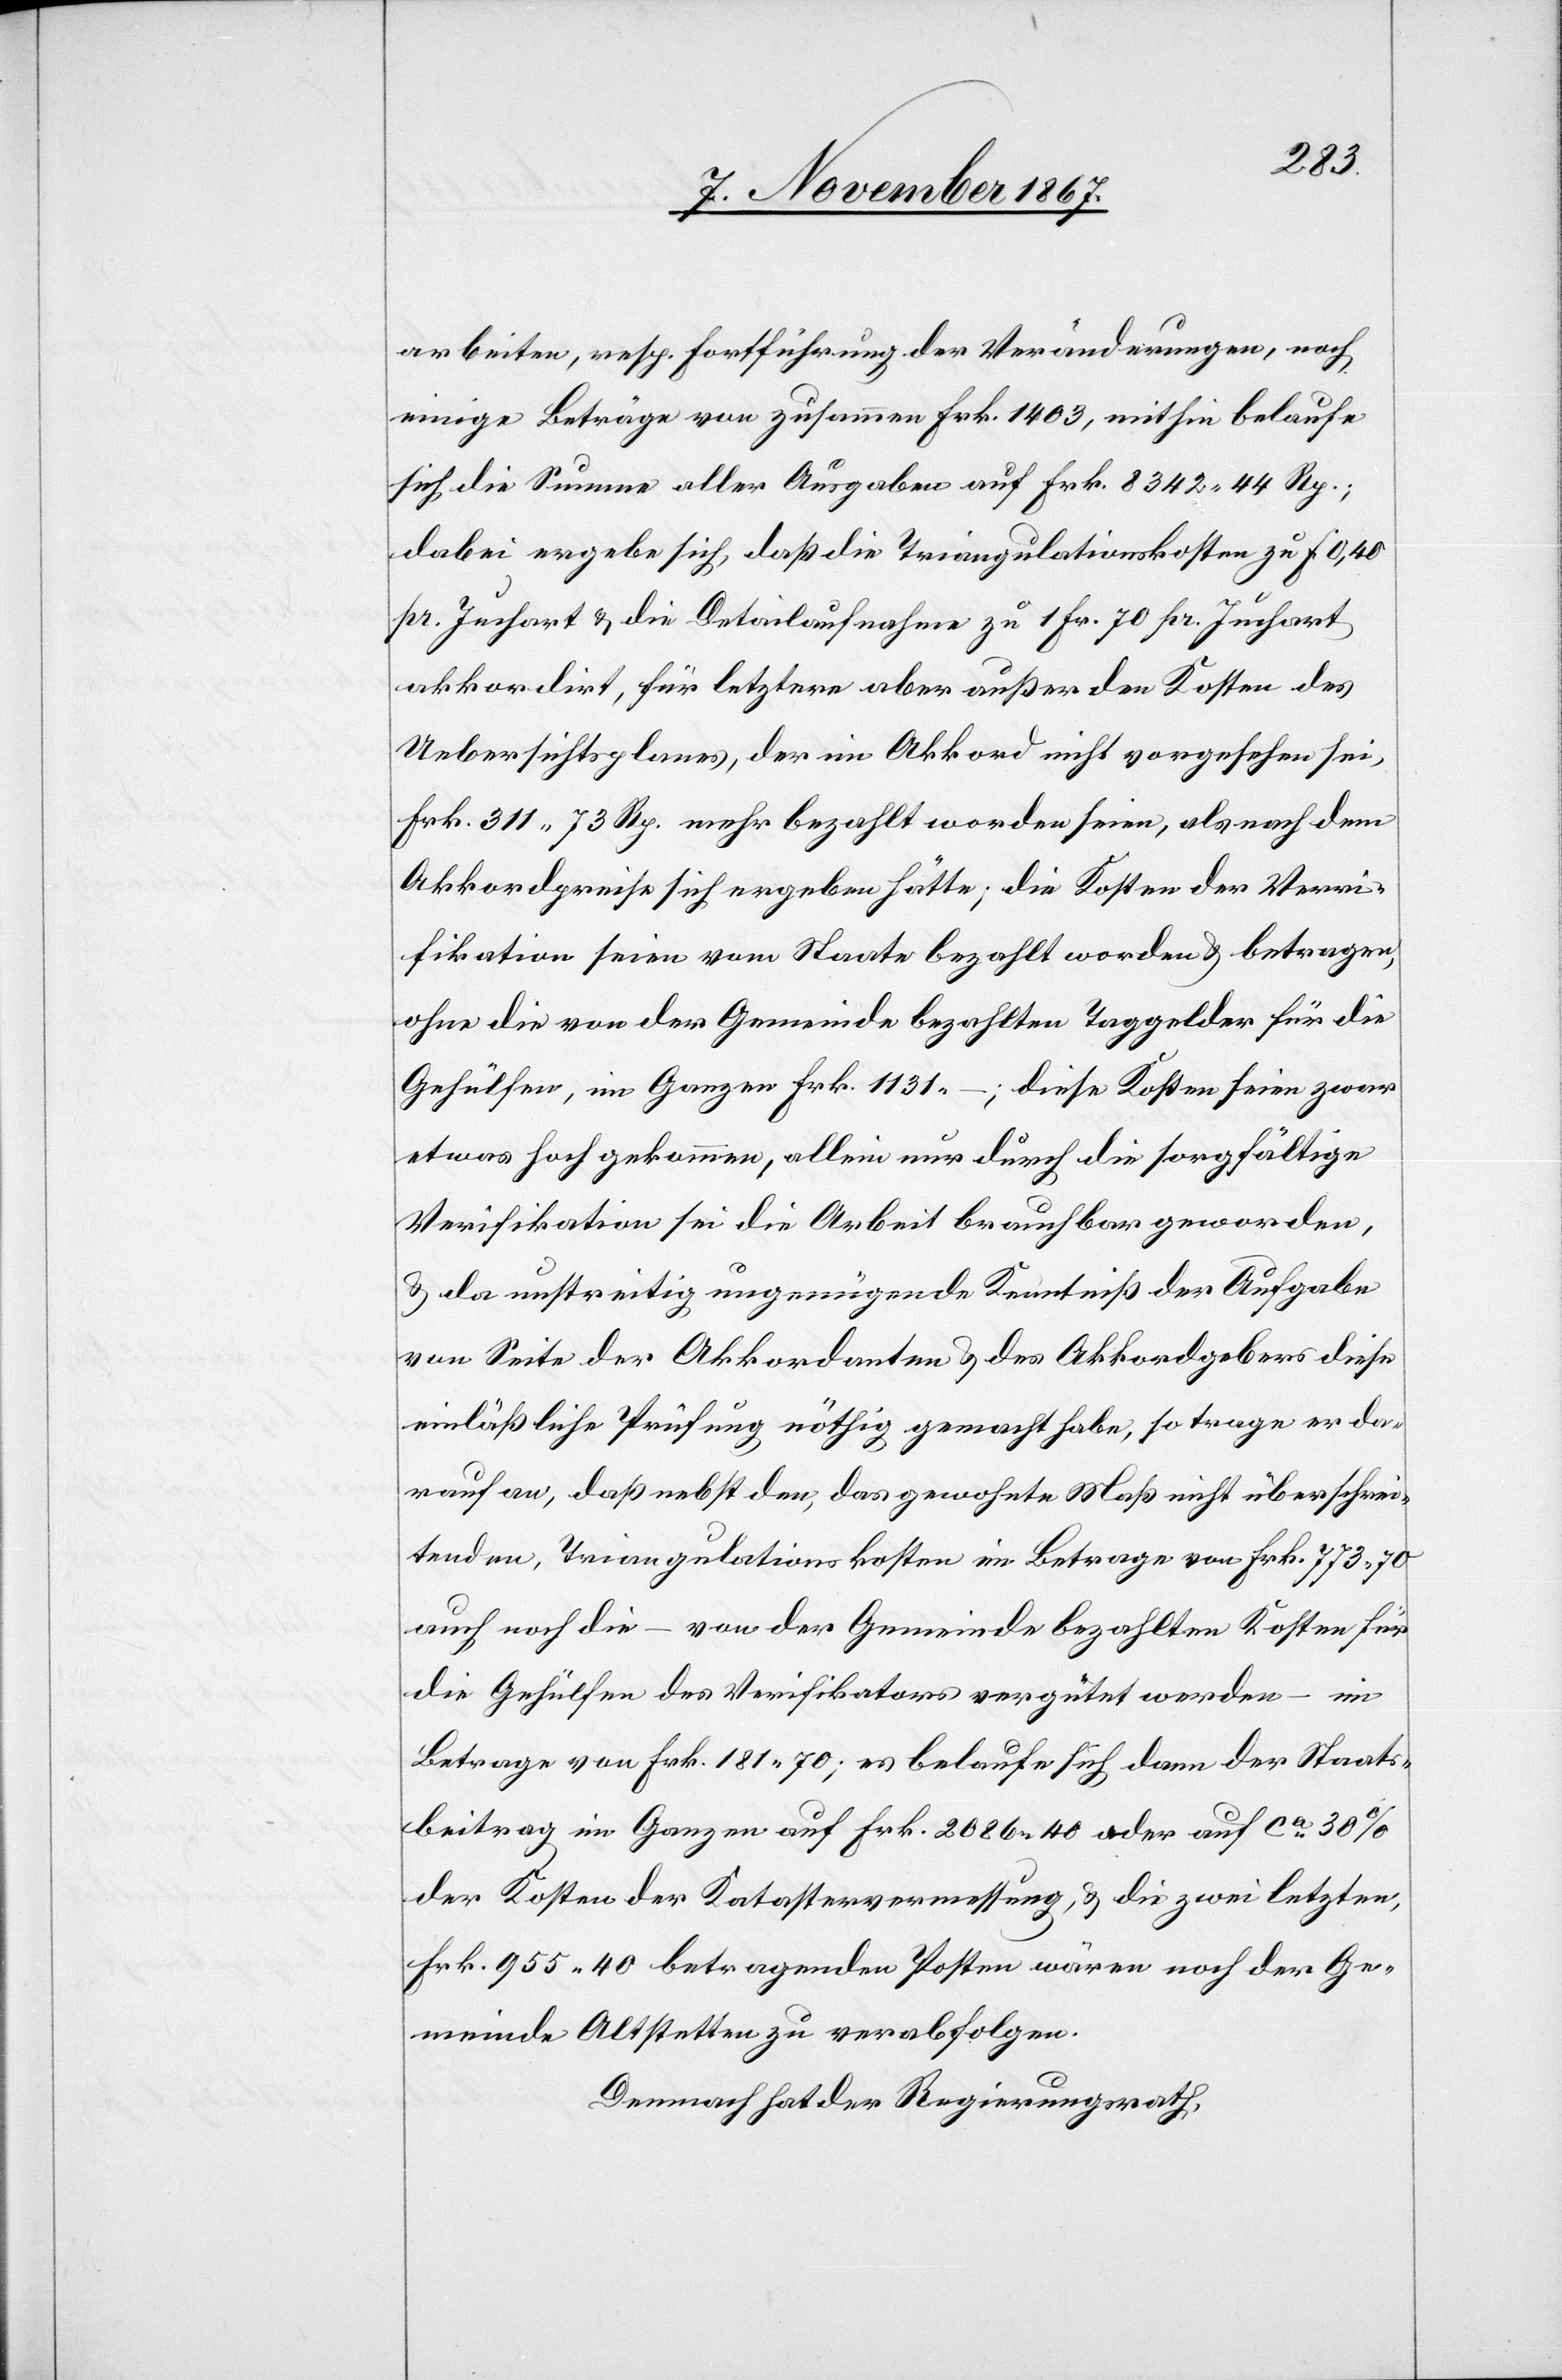
arbeiten, resp. Fortführung der Veränderungen, noch
einige Beträge von zusammen Frk. 1403, mithin belaufe
sich die Summe aller Ausgaben auf Frk. 8342.55 Rp.;
dabei ergebe sich, daß die Triangulationskosten zu f 0,40
pr. Juchart u. die Detailaufnahme zu 1 Fr. 70 pr Juchart
akkordirt, für letztere aber außer den Kosten des
Uebersichtsplanes, der im Akkord nicht vorgesehen sei,
Frk. 311,73 Rp. mehr bezahlt worden seien, als nach dem
Akkordpreise sich ergeben hätte; die Kosten der Veri¬
fikation seien vom Staats bezahlt worden u. betragen,
ohne die von der Gemeinde bezahlten Taggelder für die
Gehülfen, im Ganzen Frk. 1131.–; diese Kosten seien zwar
etwas hoch gekommen, allein nur durch die sorgfältige
Verifikation sei die Arbeit brauchbar geworden,
u. da unstreitig ungenügende Kenntniß der Aufgabe
von Seite der Akkordanten u. der Akkordgebers diese
einläßliche Prüfung nöthig gemacht habe, so trage er da¬
rauf an, daß nebst den, das gewohnte Maß nicht überschrei¬
tenden, Triangulationskosten im Betrage von Frk. 773.70
auch noch die – von der Gemeinde bezahlten Kosten für
die Gehülfen des Verifikators vergütet werden – im
Betrage von Frk. 181.70; es belaufe sich dann der Staats¬
beitrag im Ganzen auf Frk. 2086.40 oder auf ca. 30%
der Kosten der Katastervermessung, u. die zwei letzten,
Frk. 955.40 betragenden Posten wären noch der Ge¬
meinde Altstetten zu verabfolgen.
Demnach hat der Regierungsrath,